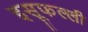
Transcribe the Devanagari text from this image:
इसूफल्ली